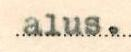
alus.